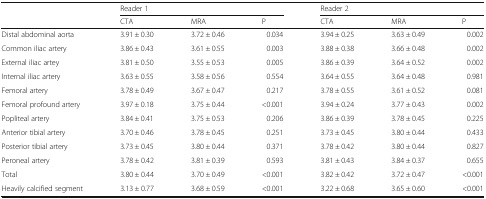
<table><thead><tr><td>[EMPTY_CELL]</td><td colspan="3"><b>Reader 1</b></td><td colspan="3"><b>Reader 2</b></td></tr><tr><td>[EMPTY_CELL]</td><td><b>CTA</b></td><td><b>MRA</b></td><td><b>P</b></td><td><b>CTA</b></td><td><b>MRA</b></td><td><b>P</b></td></tr></thead><tbody><tr><td>Distal abdominal aorta</td><td>3.91 ± 0.30</td><td>3.72 ± 0.46</td><td>0.034</td><td>3.94 ± 0.25</td><td>3.63 ± 0.49</td><td>0.002</td></tr><tr><td>Common iliac artery</td><td>3.86 ± 0.43</td><td>3.61 ± 0.55</td><td>0.003</td><td>3.88 ± 0.38</td><td>3.66 ± 0.48</td><td>0.002</td></tr><tr><td>External iliac artey</td><td>3.81 ± 0.50</td><td>3.55 ± 0.53</td><td>0.005</td><td>3.86 ± 0.39</td><td>3.64 ± 0.52</td><td>0.002</td></tr><tr><td>Internal iliac artery</td><td>3.63 ± 0.55</td><td>3.58 ± 0.56</td><td>0.554</td><td>3.64 ± 0.55</td><td>3.64 ± 0.48</td><td>0.981</td></tr><tr><td>Femoral artery</td><td>3.78 ± 0.49</td><td>3.67 ± 0.47</td><td>0.217</td><td>3.78 ± 0.55</td><td>3.61 ± 0.52</td><td>0.081</td></tr><tr><td>Femoral profound artery</td><td>3.97 ± 0.18</td><td>3.75 ± 0.44</td><td>&lt;0.001</td><td>3.94 ± 0.24</td><td>3.77 ± 0.43</td><td>0.002</td></tr><tr><td>Popliteal artery</td><td>3.84 ± 0.41</td><td>3.75 ± 0.53</td><td>0.206</td><td>3.86 ± 0.39</td><td>3.78 ± 0.45</td><td>0.225</td></tr><tr><td>Anterior tibial artery</td><td>3.70 ± 0.46</td><td>3.78 ± 0.45</td><td>0.251</td><td>3.73 ± 0.45</td><td>3.80 ± 0.44</td><td>0.433</td></tr><tr><td>Posterior tibial artery</td><td>3.73 ± 0.45</td><td>3.80 ± 0.44</td><td>0.371</td><td>3.78 ± 0.42</td><td>3.80 ± 0.44</td><td>0.827</td></tr><tr><td>Peroneal artery</td><td>3.78 ± 0.42</td><td>3.81 ± 0.39</td><td>0.593</td><td>3.81 ± 0.43</td><td>3.84 ± 0.37</td><td>0.655</td></tr><tr><td>Total</td><td>3.80 ± 0.44</td><td>3.70 ± 0.49</td><td>&lt;0.001</td><td>3.82 ± 0.42</td><td>3.72 ± 0.47</td><td>&lt;0.001</td></tr><tr><td>Heavily calcified segment</td><td>3.13 ± 0.77</td><td>3.68 ± 0.59</td><td>&lt;0.001</td><td>3.22 ± 0.68</td><td>3.65 ± 0.60</td><td>&lt;0.001</td></tr></tbody></table>